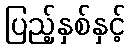
ပြည့်နှစ်နှင့်